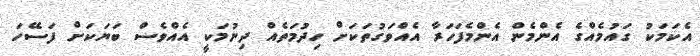
އެކަމަކު ގައުމެއްގެ އެންމެން އެންމެފަހަރާ އެއްވަގުތަކަށް ހިދުމަތެއް ދިނުމަކީ އެއްވެސް ބަޔަކަށް ފަސޭހަ